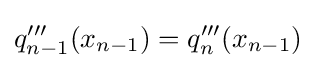
q'''_{n-1}(x_{n-1})=q'''_{n}(x_{n-1})